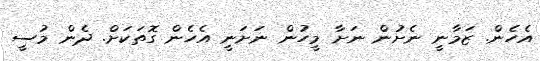
އެހެން. ޒަމާނީ ނެށުން ނަށާ މީހުން ނަށަނީ އެހެން ގޮތަކަށް. ދެން މުސީ